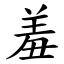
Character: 羞